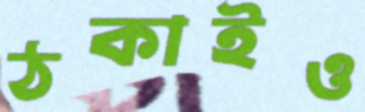
ঠকাইও